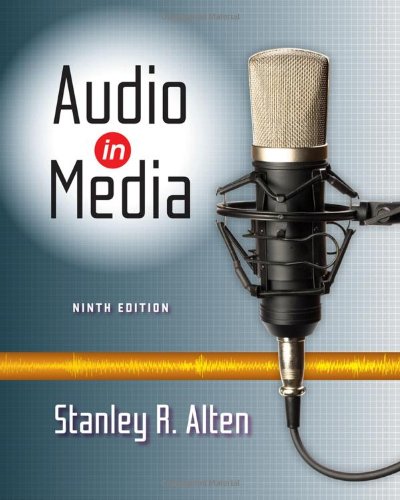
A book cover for Audio in Media; Stanley R. Alten; Humor & Entertainment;